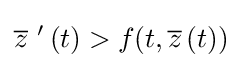
{\overline {z}}\ '\left(t\right)>f(t,{\overline {z}}\left(t\right))